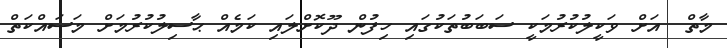
މާތް  އަށް ވަކީލުކުރުމަކީ ސަބަބުތަކުގައި ހިފުން ދޫކޮށްލައި ކަމެއް ޙާސިލުކުރުމަށް މަސައްކަތް